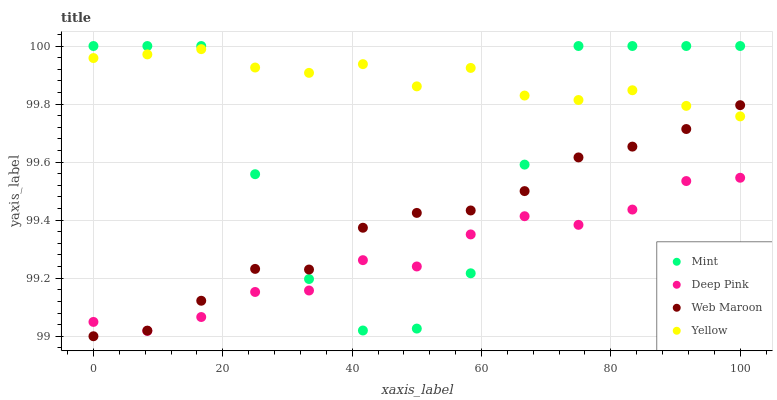
| xaxis_label | Mint | Deep Pink | Web Maroon | Yellow |
 | --- | --- | --- | --- | --- |
 | 0 | 100 | 99 | 99 | 100 |
 | 8.33 | 100 | 99 | 99 | 100 |
 | 16.7 | 100 | 99.1 | 99.1 | 100 |
 | 25 | 99.6 | 99.2 | 99.2 | 99.9 |
 | 33.3 | 99.2 | 99.2 | 99.2 | 99.9 |
 | 41.7 | 99 | 99.3 | 99.4 | 99.9 |
 | 50 | 99 | 99.2 | 99.4 | 99.9 |
 | 58.3 | 99.2 | 99.4 | 99.4 | 99.9 |
 | 66.7 | 99.6 | 99.4 | 99.5 | 99.8 |
 | 75 | 100 | 99.4 | 99.6 | 99.8 |
 | 83.3 | 100 | 99.4 | 99.7 | 99.8 |
 | 91.7 | 100 | 99.5 | 99.7 | 99.8 |
 | 100 | 100 | 99.5 | 99.8 | 99.8 |